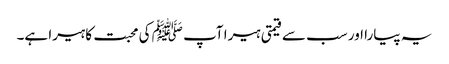
یہ پیارا اور سب سے قیمتی ہیرا آپ ﷺ کی محبت کا ہیرا ہے۔